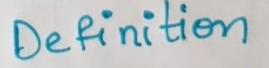
Definition